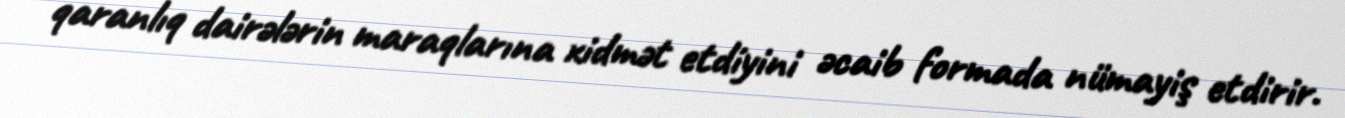
qaranlıq dairələrin maraqlarına xidmət etdiyini əcaib formada nümayiş etdirir.